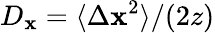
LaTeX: D_{\mathbf{x}}=\langle\Delta\mathbf{x}^{2}\rangle/(2z)